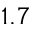
1 . 7